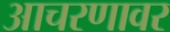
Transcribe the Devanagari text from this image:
आचरणावर